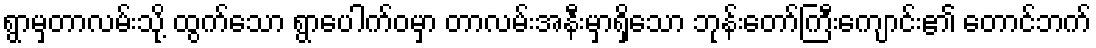
ရွာမှတာလမ်းသို့ ထွက်သော ရွာပေါက်ဝမှာ တာလမ်းအနီးမှာရှိသော ဘုန်းတော်ကြီးကျောင်း၏ တောင်ဘက်